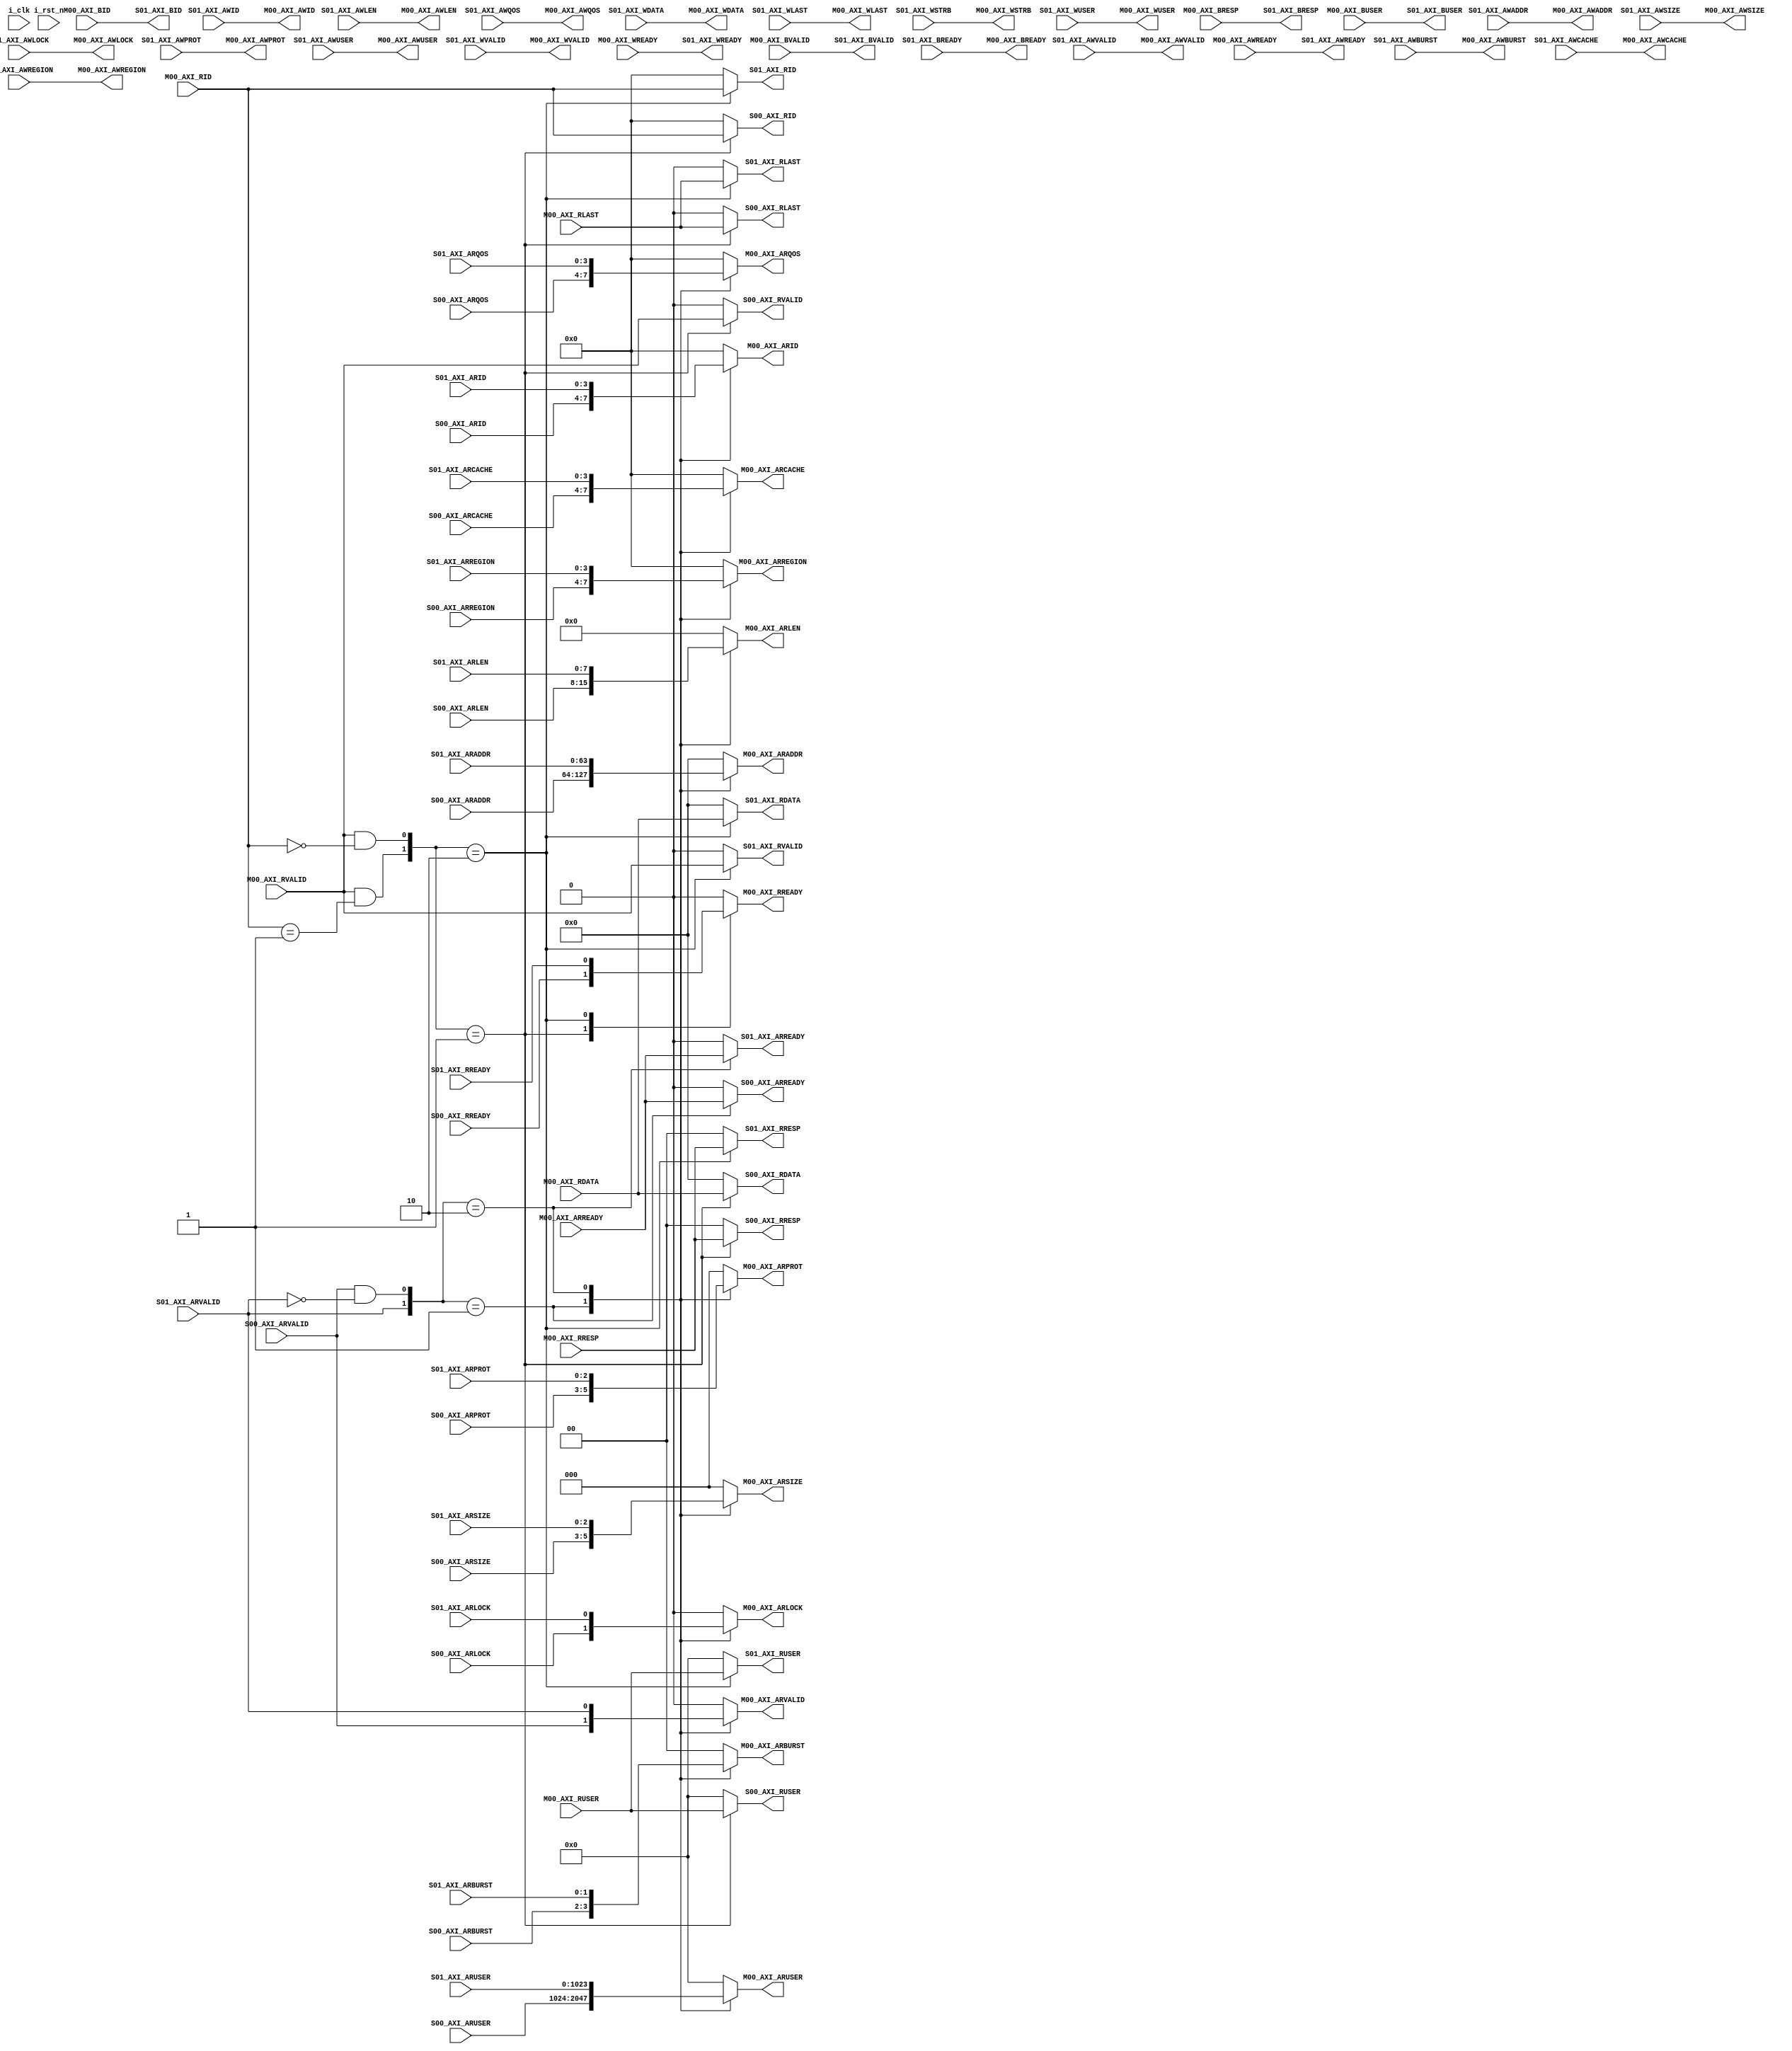
module axi_interconnect#(
    parameter   DATA_WIDTH  = 64,             	//数据位宽
    parameter   ADDR_WIDTH  = 64,               //地址位宽              
    parameter   ID_WIDTH    = 4,               	//ID位宽
    parameter   USER_WIDTH  = 1024,             //USER位宽
    parameter   STRB_WIDTH  = 8   				//STRB位宽
)(
	
	input                    i_clk                        ,   
	input                    i_rst_n                      ,

    /**********master0**********/

	input 		[ADDR_WIDTH-1:0]   S00_AXI_ARADDR               ,   
	input                    	   S00_AXI_ARVALID              ,   
	output reg               	   S00_AXI_ARREADY              ,   
	input 		[7:0]              S00_AXI_ARLEN                , 
	input 		[3:0]              S00_AXI_ARID                 ,   
	input 		[2:0]              S00_AXI_ARSIZE               ,   
	input 		[1:0]              S00_AXI_ARBURST              ,   
	input 		                   S00_AXI_ARLOCK               ,   
	input 		[3:0]              S00_AXI_ARCACHE              ,   
	input 		[2:0]              S00_AXI_ARPROT               ,   
	input 		[3:0]              S00_AXI_ARQOS                , 
	input 		[3:0]              S00_AXI_ARREGION             ,
    input 		[USER_WIDTH-1:0]   S00_AXI_ARUSER				,
	
	output reg	[DATA_WIDTH-1:0]   S00_AXI_RDATA                ,   
	output reg                     S00_AXI_RLAST                ,   
	output reg                     S00_AXI_RVALID               ,   
	input                    	   S00_AXI_RREADY               , 
	output reg  [3:0]              S00_AXI_RID                  ,   
	output reg	[1:0]              S00_AXI_RRESP                , 
	output reg	[USER_WIDTH-1:0]   S00_AXI_RUSER				,
    /**********master1**********/	

	input 		[ADDR_WIDTH-1:0]   S01_AXI_ARADDR               ,   
	input 		                   S01_AXI_ARVALID              ,   
	output reg		               S01_AXI_ARREADY              ,   
	input 		[7:0]              S01_AXI_ARLEN                , 
	input 		[3:0]              S01_AXI_ARID                 ,   
	input 		[2:0]              S01_AXI_ARSIZE               ,   
	input 		[1:0]              S01_AXI_ARBURST              ,   
	input 		                   S01_AXI_ARLOCK               ,   
	input 		[3:0]              S01_AXI_ARCACHE              ,   
	input 		[2:0]              S01_AXI_ARPROT               ,   
	input 		[3:0]              S01_AXI_ARQOS                , 
	input 		[3:0]              S01_AXI_ARREGION             ,
    input 		[USER_WIDTH-1:0]   S01_AXI_ARUSER				,
	
	output reg  [DATA_WIDTH-1:0]   S01_AXI_RDATA                ,   
	output reg                     S01_AXI_RLAST                ,   
	output reg                     S01_AXI_RVALID               ,   
	input                          S01_AXI_RREADY               , 
	output reg  [3:0]              S01_AXI_RID                  ,   
	output reg  [1:0]              S01_AXI_RRESP                ,
	output reg  [USER_WIDTH-1:0]   S01_AXI_RUSER				,	 	
	
	input 		[ADDR_WIDTH-1:0]   S01_AXI_AWADDR               ,   
	input 		                   S01_AXI_AWVALID              ,   
	output reg	                   S01_AXI_AWREADY              ,   
	input 		[7:0]              S01_AXI_AWLEN                , 
	input 		[ID_WIDTH-1:0]     S01_AXI_AWID                 ,   
	input 		[2:0]              S01_AXI_AWSIZE               ,   
	input 		[1:0]              S01_AXI_AWBURST              ,   
	input 		                   S01_AXI_AWLOCK               ,   
	input 		[3:0]              S01_AXI_AWCACHE              ,   
	input 		[2:0]              S01_AXI_AWPROT               ,   
	input 		[3:0]              S01_AXI_AWQOS                ,	
	input 		[3:0]              S01_AXI_AWREGION			    ,
    input 		[USER_WIDTH-1:0]   S01_AXI_AWUSER				,
	
	input 		[DATA_WIDTH-1:0]   S01_AXI_WDATA                ,   
	input 		                   S01_AXI_WLAST                ,   
	input 		                   S01_AXI_WVALID               ,   
	output reg		               S01_AXI_WREADY               , 
	input 		[STRB_WIDTH-1:0]   S01_AXI_WSTRB                , 
    input 		[USER_WIDTH-1:0]   S01_AXI_WUSER				,	
			
	output reg  [ID_WIDTH-1:0]   S01_AXI_BID                  ,   
	output reg  [1:0]              S01_AXI_BRESP                ,   
	output reg                     S01_AXI_BVALID               ,   
	input  		                   S01_AXI_BREADY               , 
	output reg  [USER_WIDTH-1:0]   S01_AXI_BUSER				,
	

	/********** slave0 **********/
	
	output reg	[ADDR_WIDTH-1:0]   M00_AXI_ARADDR              ,   
	output reg	                   M00_AXI_ARVALID             ,   
	input   	                   M00_AXI_ARREADY             ,   
	output reg	[7:0]              M00_AXI_ARLEN               , 
	output reg	[3:0]              M00_AXI_ARID                ,   
	output reg	[2:0]              M00_AXI_ARSIZE              ,   
	output reg	[1:0]              M00_AXI_ARBURST             ,   
	output reg	                   M00_AXI_ARLOCK              ,   
	output reg	[3:0]              M00_AXI_ARCACHE             ,   
	output reg	[2:0]              M00_AXI_ARPROT              ,   
	output reg	[3:0]              M00_AXI_ARQOS               , 
	output reg	[3:0]              M00_AXI_ARREGION            ,
    output reg	[USER_WIDTH-1:0]   M00_AXI_ARUSER			   ,
	
	input       [DATA_WIDTH-1:0]   M00_AXI_RDATA               ,   
	input                     	   M00_AXI_RLAST               ,   
	input                          M00_AXI_RVALID              ,   
	output reg                     M00_AXI_RREADY              , 
	input		[3:0]              M00_AXI_RID                 ,   
	input		[1:0]              M00_AXI_RRESP               ,
	input 		[USER_WIDTH-1:0]   M00_AXI_RUSER			   ,	 	
														  
	output reg  [ADDR_WIDTH-1:0]   M00_AXI_AWADDR              ,   
	output reg                     M00_AXI_AWVALID             ,   
	input                          M00_AXI_AWREADY             ,   
	output reg  [7:0]              M00_AXI_AWLEN               , 
	output reg  [ID_WIDTH-1:0]     M00_AXI_AWID                ,   
	output reg  [2:0]              M00_AXI_AWSIZE              ,   
	output reg  [1:0]              M00_AXI_AWBURST             ,   
	output reg                     M00_AXI_AWLOCK              ,   
	output reg  [3:0]              M00_AXI_AWCACHE             ,   
	output reg  [2:0]              M00_AXI_AWPROT              ,   
	output reg  [3:0]              M00_AXI_AWQOS               ,	
	output reg  [3:0]              M00_AXI_AWREGION			   ,
    output reg  [USER_WIDTH-1:0]   M00_AXI_AWUSER			   ,
														  
	output reg  [DATA_WIDTH-1:0]   M00_AXI_WDATA               ,   
	output reg                     M00_AXI_WLAST               ,   
	output reg                     M00_AXI_WVALID              ,   
	input                          M00_AXI_WREADY              , 
	output reg  [STRB_WIDTH-1:0]   M00_AXI_WSTRB               , 
    output reg  [USER_WIDTH-1:0]   M00_AXI_WUSER			   ,	
							                           
	input 		[ID_WIDTH-1:0]   M00_AXI_BID                 ,   
	input 		[1:0]              M00_AXI_BRESP               ,   
	input 		                   M00_AXI_BVALID              ,   
	output reg	                   M00_AXI_BREADY              , 
	input 		[USER_WIDTH-1:0]   M00_AXI_BUSER				   
);

wire  s0_addr_ring	;
wire  s1_addr_ring	;
wire  s0_data_ring	;
wire  s1_data_ring	;
// arbiter_r arbiter_r(
// .I_clk		(i_clk)		,
// .I_rst		(i_rst)		,

// .s0_arvalid (S00_AXI_ARVALID)    ,
// .s0_rready	(S00_AXI_RREADY) 	  	,

// .s1_arvalid	(S01_AXI_ARVALID) 	  	,
// .s1_rready	(S01_AXI_RREADY) 	  	,

// .s0_rvalid	(S00_AXI_RVALID) 		,
// .s0_rlast	(S00_AXI_RLAST) 		,

// .s1_rvalid	(S01_AXI_RVALID) 		,
// .s1_rlast	(S01_AXI_RLAST) 		,

// .s0_ring	(s0_ring)   			,
// .s1_ring	(s1_ring)   			,
// );

assign   s0_addr_ring  =	S00_AXI_ARVALID && ~s1_addr_ring	;
assign	 s1_addr_ring  =	S01_AXI_ARVALID ;
assign	 s0_data_ring  =	M00_AXI_RVALID && (M00_AXI_RID == 'd0) ;
assign	 s1_data_ring  =	M00_AXI_RVALID && (M00_AXI_RID == 'd1) ;

//读地址和读数据
always@(*) begin
	case({s1_addr_ring,s0_addr_ring}) 
		2'b01:begin
			M00_AXI_ARADDR     =	 S00_AXI_ARADDR     ;
		    M00_AXI_ARVALID    =     S00_AXI_ARVALID    ;   
		    M00_AXI_ARLEN      =     S00_AXI_ARLEN      ;
		    M00_AXI_ARID       =     S00_AXI_ARID       ;
		    M00_AXI_ARSIZE     =     S00_AXI_ARSIZE     ;
		    M00_AXI_ARBURST    =     S00_AXI_ARBURST    ;
		    M00_AXI_ARLOCK     =     S00_AXI_ARLOCK     ;
		    M00_AXI_ARCACHE    =     S00_AXI_ARCACHE    ;
		    M00_AXI_ARPROT     =     S00_AXI_ARPROT     ;
		    M00_AXI_ARQOS      =     S00_AXI_ARQOS      ;
		    M00_AXI_ARREGION   =     S00_AXI_ARREGION   ;
		    M00_AXI_ARUSER	   =     S00_AXI_ARUSER		;
			//M00_AXI_RREADY	   =     S00_AXI_RREADY		;
			S00_AXI_ARREADY	   =	 M00_AXI_ARREADY	;
			S01_AXI_ARREADY	   =	 'b0				;
		end
		2'b10:begin
			M00_AXI_ARADDR     =	 S01_AXI_ARADDR     ;			
		    M00_AXI_ARVALID    =     S01_AXI_ARVALID    ;		
		    M00_AXI_ARLEN      =     S01_AXI_ARLEN      ;		
		    M00_AXI_ARID       =     S01_AXI_ARID       ;		
		    M00_AXI_ARSIZE     =     S01_AXI_ARSIZE     ;		
		    M00_AXI_ARBURST    =     S01_AXI_ARBURST    ;		
		    M00_AXI_ARLOCK     =     S01_AXI_ARLOCK     ;		
		    M00_AXI_ARCACHE    =     S01_AXI_ARCACHE    ;		
		    M00_AXI_ARPROT     =     S01_AXI_ARPROT     ;		
		    M00_AXI_ARQOS      =     S01_AXI_ARQOS      ;		
		    M00_AXI_ARREGION   =     S01_AXI_ARREGION   ;		
		    M00_AXI_ARUSER	   =     S01_AXI_ARUSER		;
			//M00_AXI_RREADY	   =     S01_AXI_RREADY		;
			S00_AXI_ARREADY	   =	 'b0				;
			S01_AXI_ARREADY	   =	 M00_AXI_ARREADY	;
		end
		default:begin
			M00_AXI_ARADDR     =	 'b0				;			
		    M00_AXI_ARVALID    =     'b0				;		
		    M00_AXI_ARLEN      =     'b0				;		
		    M00_AXI_ARID       =     'b0				;		
		    M00_AXI_ARSIZE     =     'b0				;		
		    M00_AXI_ARBURST    =     'b0				;		
		    M00_AXI_ARLOCK     =     'b0				;		
		    M00_AXI_ARCACHE    =     'b0				;		
		    M00_AXI_ARPROT     =     'b0				;		
		    M00_AXI_ARQOS      =     'b0				;		
		    M00_AXI_ARREGION   =     'b0				;		
		    M00_AXI_ARUSER	   =     'b0				;
			//M00_AXI_RREADY	   =     'b0				;
			S00_AXI_ARREADY	   =	 'b0				;
			S01_AXI_ARREADY	   =	 'b0				;
		end
	endcase
end

always@(*) begin
	case({s1_data_ring,s0_data_ring}) 
		4'b01:begin
			M00_AXI_RREADY	   =    S00_AXI_RREADY		;
		
			S00_AXI_RDATA  	   =	M00_AXI_RDATA 		;
			S00_AXI_RLAST      =    M00_AXI_RLAST		; 
			S00_AXI_RVALID     =    M00_AXI_RVALID		;
			S00_AXI_RID        =    M00_AXI_RID			;   
			S00_AXI_RRESP      =    M00_AXI_RRESP		; 
			S00_AXI_RUSER	   =    M00_AXI_RUSER		;
					
			S01_AXI_RDATA  	   =	'b0					;
			S01_AXI_RLAST      =    'b0					; 
			S01_AXI_RVALID     =    'b0					;
			S01_AXI_RID        =    'b0					;   
			S01_AXI_RRESP      =    'b0					; 
			S01_AXI_RUSER	   =    'b0					;
		end
		4'b10:begin
			M00_AXI_RREADY	   =    S01_AXI_RREADY		;
						
			S00_AXI_RDATA  	   =	'b0					;
			S00_AXI_RLAST      =    'b0					;
			S00_AXI_RVALID     =    'b0					;
			S00_AXI_RID        =    'b0					;
			S00_AXI_RRESP      =    'b0					;
			S00_AXI_RUSER	   =    'b0					;	
			
			S01_AXI_RDATA  	   =	M00_AXI_RDATA 		;
			S01_AXI_RLAST      =    M00_AXI_RLAST		;
			S01_AXI_RVALID     =    M00_AXI_RVALID		;
			S01_AXI_RID        =    M00_AXI_RID			;
			S01_AXI_RRESP      =    M00_AXI_RRESP		;
			S01_AXI_RUSER	   =    M00_AXI_RUSER		;
		end
		default:begin
			M00_AXI_RREADY	   =	'b0					;
			
			S00_AXI_RDATA  	   =	'b0					;		
			S00_AXI_RLAST      =    'b0					;		
			S00_AXI_RVALID     =    'b0					;		
			S00_AXI_RID        =    'b0					;		
			S00_AXI_RRESP      =    'b0					;		
			S00_AXI_RUSER	   =    'b0					;		
						            
			S01_AXI_RDATA  	   =	'b0					;		
			S01_AXI_RLAST      =    'b0					;		
			S01_AXI_RVALID     =    'b0					;		
			S01_AXI_RID        =    'b0					;		
			S01_AXI_RRESP      =    'b0					;		
			S01_AXI_RUSER	   =    'b0					;
		end                         					
	endcase
end

//写地址和写数据、写相应
always@(*) begin
			M00_AXI_AWADDR 	   = 	S01_AXI_AWADDR      ;
	        M00_AXI_AWVALID    =    S01_AXI_AWVALID     ;
            M00_AXI_AWLEN      =    S01_AXI_AWLEN       ;
            M00_AXI_AWID       =    S01_AXI_AWID        ;
            M00_AXI_AWSIZE     =    S01_AXI_AWSIZE      ;
            M00_AXI_AWBURST    =    S01_AXI_AWBURST     ;
		    M00_AXI_AWLOCK     =    S01_AXI_AWLOCK      ;
		    M00_AXI_AWCACHE    =    S01_AXI_AWCACHE     ;
		    M00_AXI_AWPROT     =    S01_AXI_AWPROT      ;
		    M00_AXI_AWQOS      =    S01_AXI_AWQOS       ;
		    M00_AXI_AWREGION   =    S01_AXI_AWREGION    ;
		    M00_AXI_AWUSER	   =    S01_AXI_AWUSER	    ;
			S01_AXI_AWREADY    =    M00_AXI_AWREADY     ;
													    
		    M00_AXI_WDATA      =    S01_AXI_WDATA       ;
		    M00_AXI_WLAST      =    S01_AXI_WLAST       ;
		    M00_AXI_WVALID     =    S01_AXI_WVALID      ;
		    M00_AXI_WSTRB      =    S01_AXI_WSTRB       ;
		    M00_AXI_WUSER	   =    S01_AXI_WUSER	    ;
			S01_AXI_WREADY     =    M00_AXI_WREADY      ;
			
			S01_AXI_BID    	   =	M00_AXI_BID    		;
			S01_AXI_BRESP      =	M00_AXI_BRESP       ;
			S01_AXI_BVALID     =	M00_AXI_BVALID      ;
			S01_AXI_BUSER	   =	M00_AXI_BUSER	    ;
			M00_AXI_BREADY     =	S01_AXI_BREADY      ;
end
endmodule